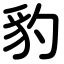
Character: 豹